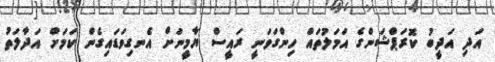
އަދި އަދީބު ކޮރަޕްޝަންގެ އަމަލުތައް ހިންގަވަނީ ރައީސް ޔާމީނަށް އެނގިވަޑައިގެން ކަމަށް އަދާލަތު